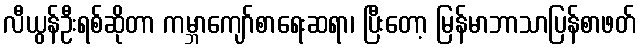
လီယွန်ဦးရစ်ဆိုတာ ကမ္ဘာကျော်စာရေးဆရာ၊ ပြီးတော့ မြန်မာဘာသာပြန်စာဖတ်